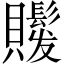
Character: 𧸻